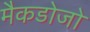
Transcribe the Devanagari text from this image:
मैकडोजो